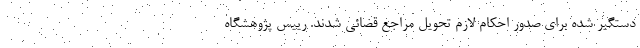
دستگیر شده برای صدور احکام لازم تحویل مراجع قضائی شدند. رییس پژوهشگاه